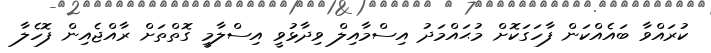
ކުރައްވާ ބައެއްކަން ފާހަގަކޮށް މުޙައްމަދު އިސްމާއިލް ވިދާޅުވީ އިސްލާމީ ގޮތްތަށް ރާއްޖެއިން ފޮހެލާ